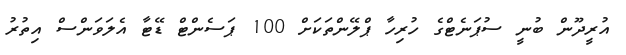
އުރީދޫން ބުނީ ސުޕަނެޓްގެ ހުރިހާ ޕްލޭންތަކަށް 100 ޕަސެންޓް ޑޭޓާ އެލަވަންސް އިތުރު